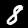
Label: 8